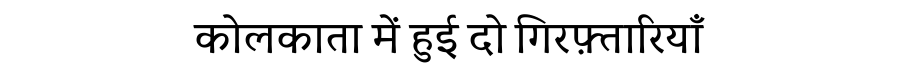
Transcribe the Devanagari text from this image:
कोलकाता में हुई दो गिरफ़्तारियाँ